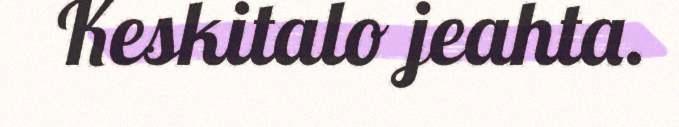
Keskitalo jeahta.